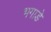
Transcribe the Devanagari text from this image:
भगाडे